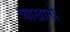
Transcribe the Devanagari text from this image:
व्याखानों